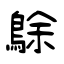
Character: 鵌